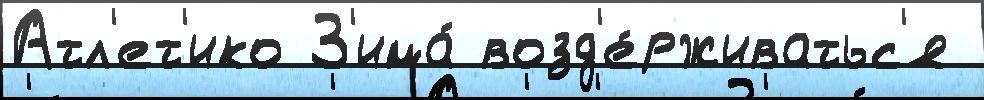
Атл'ет'ико З'има́ возд'е́рживатьс'я